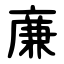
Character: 亷